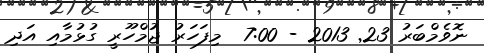
ނޮވެމްބަރު 23